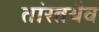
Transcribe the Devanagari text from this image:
तांस्तथैव